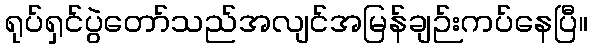
ရုပ်ရှင်ပွဲတော်သည်အလျင်အမြန်ချဉ်းကပ်နေပြီ။